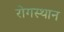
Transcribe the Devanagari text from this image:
रोगस्थान